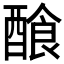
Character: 𨢁